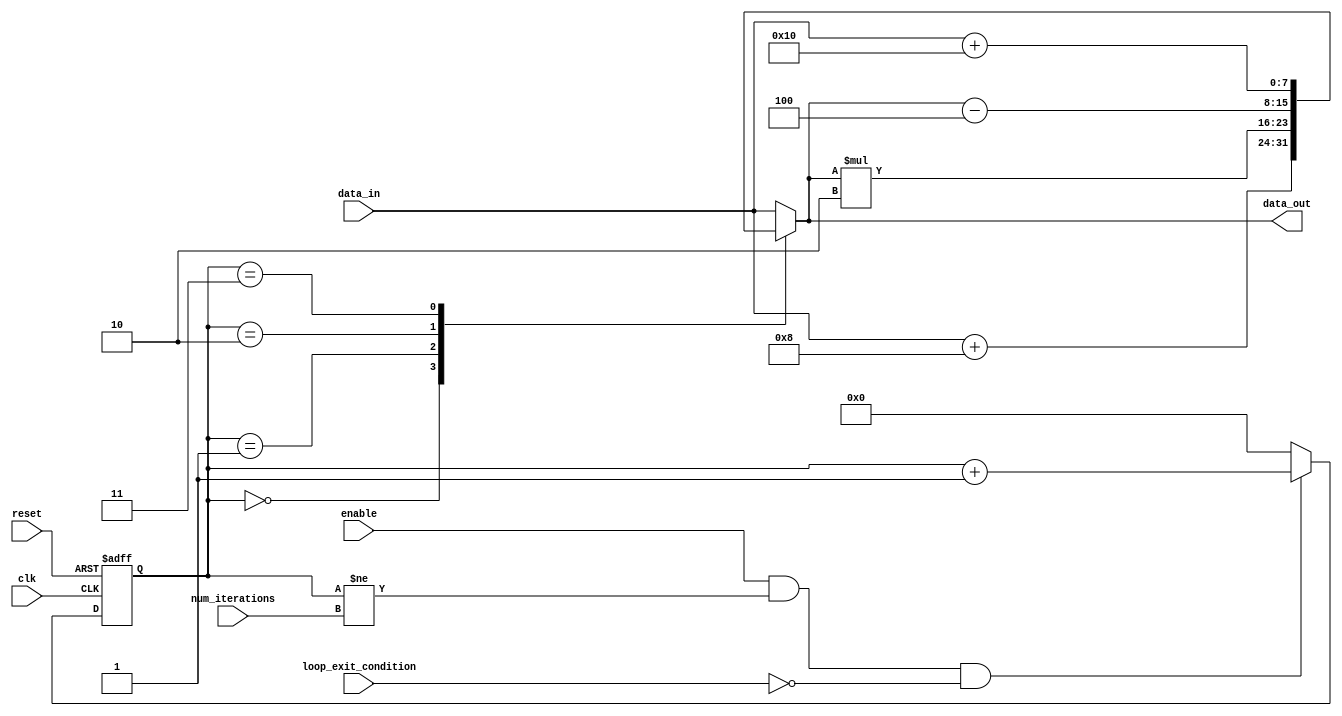
module for_loop_behavioural (
  input wire clk,
  input wire reset,
  input wire enable,
  input wire [3:0] num_iterations,
  input wire loop_exit_condition,
  input wire [7:0] data_in,
  output wire [7:0] data_out
);

reg [3:0] iteration_count;

always @(posedge clk or posedge reset) begin
  if (reset) begin
    iteration_count <= 0;
  end else if (enable && iteration_count != num_iterations && !loop_exit_condition) begin
    iteration_count <= iteration_count + 1;
  end else begin
    iteration_count <= 0;
  end
end

always @* begin
  case (iteration_count)
    0: data_out = data_in + 8;
    1: data_out = data_out * 2;
    2: data_out = data_out - 4;
    3: data_out = data_in + 16;
    default: data_out = data_in;
  endcase
end

endmodule